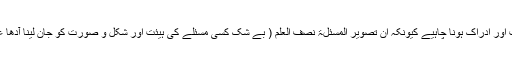
اس لیے علماء کو دور جدید کے رجحانات کی معرفت اور ادراک ہونا چاہیے کیونکہ ان تصویر المسئلۃ نصف العلم ( بے شک کسی مسئلے کی ہیئت اور شکل و صورت کو جان لینا آدھا علم ہے ) مجتہد کو مقاصد شریعت کا علم ہونا چاہیے ۔